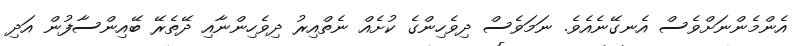
އެންމެންނަށްވެސް އެނގޭނެއެވެ. ނަމަވެސް ދިވެހިންގެ ކުށެއް ނެތްއިރު ދިވެހިންނާއި ދޭތެރޭ ބޭއިންސާފުން އަދި